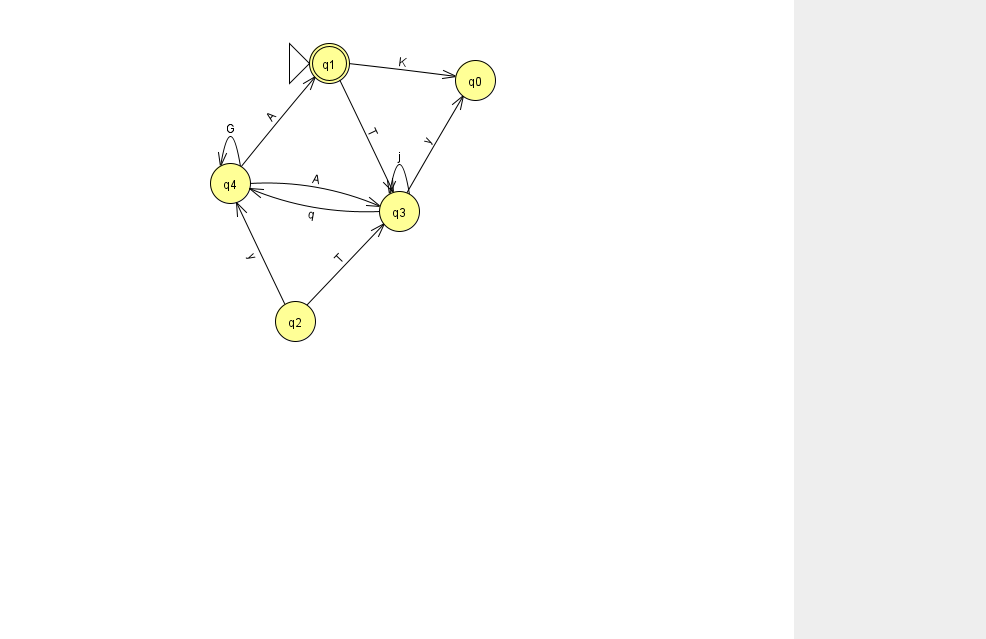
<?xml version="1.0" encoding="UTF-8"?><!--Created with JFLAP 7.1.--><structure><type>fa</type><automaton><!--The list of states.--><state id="0" name="q0"><x>475.0</x><y>67.0</y></state><state id="1" name="q1"><x>329.0</x><y>50.0</y><initial/><final/></state><state id="2" name="q2"><x>295.0</x><y>308.0</y></state><state id="3" name="q3"><x>399.0</x><y>198.0</y></state><state id="4" name="q4"><x>230.0</x><y>170.0</y></state><!--The list of transitions.--><transition><from>2</from><to>3</to><read>T</read></transition><transition><from>1</from><to>3</to><read>T</read></transition><transition><from>3</from><to>4</to><read>q</read></transition><transition><from>4</from><to>1</to><read>A</read></transition><transition><from>4</from><to>3</to><read>A</read></transition><transition><from>4</from><to>4</to><read>G</read></transition><transition><from>2</from><to>4</to><read>y</read></transition><transition><from>3</from><to>3</to><read>j</read></transition><transition><from>1</from><to>0</to><read>K</read></transition><transition><from>3</from><to>0</to><read>y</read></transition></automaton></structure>